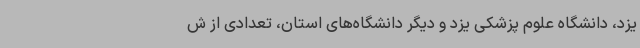
یزد، دانشگاه علوم پزشکی یزد و دیگر دانشگاه‌های استان، تعدادی از ش